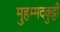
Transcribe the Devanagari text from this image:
मुहम्मदकुट्टी